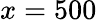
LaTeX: x=500